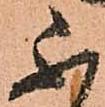
不